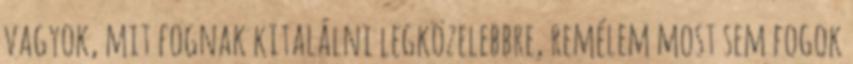
vagyok, mit fognak kitalálni legközelebbre, remélem most sem fogok